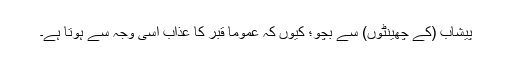
پیشاب (کے چھینٹوں) سے بچو؛ کیوں کہ عموما قبر کا عذاب اسی وجہ سے ہوتا ہے۔